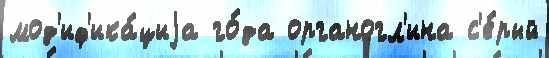
мод'иф'ика́циjа го́да органогл'ина с'е́рый